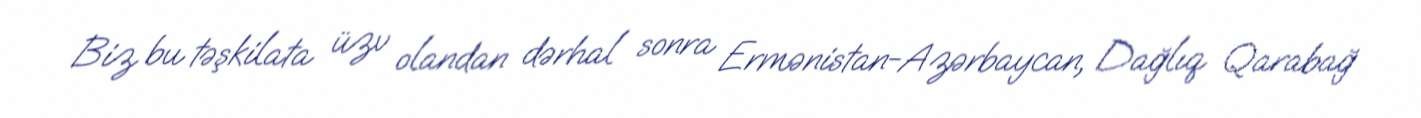
Biz bu təşkilata üzv olandan dərhal sonra Ermənistan-Azərbaycan, Dağlıq Qarabağ